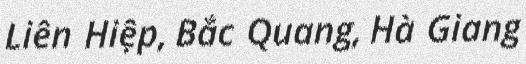
Liên Hiệp, Bắc Quang, Hà Giang